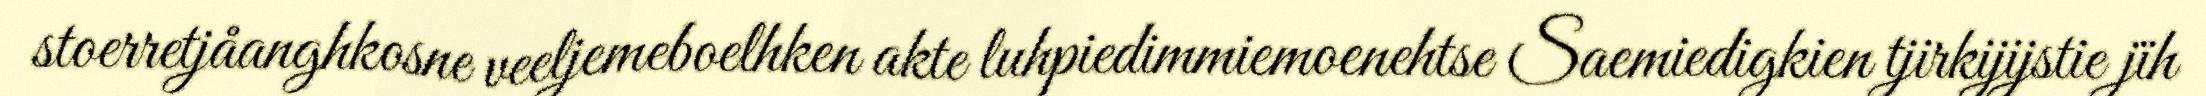
stoerretjåanghkosne veeljemeboelhken akte luhpiedimmiemoenehtse Saemiedigkien tjirkijijstie jïh